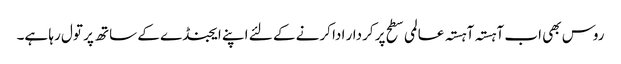
روس بھی اب آہستہ آہستہ عالمی سطح پر کردار ادا کرنے کے لئے اپنے ایجنڈے کے ساتھ پر تول رہا ہے۔